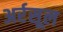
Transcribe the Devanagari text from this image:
अर्रसूल